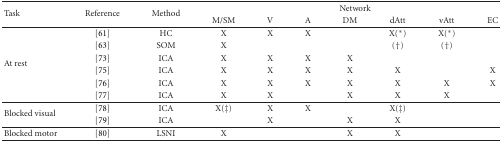
| <ROWSPAN=2> Task | <ROWSPAN=2> Reference | <ROWSPAN=2> Method | <COLSPAN=7> Network |
 | M/SM | V | A | DM | dAtt | vAtt | EC |
 | --- | --- | --- | --- | --- | --- | --- | --- | --- | --- |
 | <ROWSPAN=6> At rest | [61] | HC | X | X | X |  | X(*) | X(*) |  |
 | [63] | SOM | X |  |  |  | (†) | (†) |  |
 | [73] | ICA | X | X | X | X |  |  |  |
 | [75] | ICA | X | X | X | X | X |  | X |
 | [76] | ICA | X | X | X | X | X | X | X |
 | [77] | ICA | X | X |  | X | X | X |
 | <ROWSPAN=2> Blocked visual | [78] | ICA | X(‡) | X | X |  | X(‡) |  |  |
 | [79] | ICA |  | X |  | X | X |  |  |
 | Blocked motor | [80] | LSNI | X |  |  | X | X |  |  |